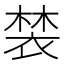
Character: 𧛀